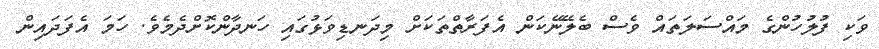
ވަކި ފުލުހުންގެ މައްސަލަތައް ވެސް ބެލޭނޭކަން އެފަރާތްތަކަށް މިދަނޑިވަޅުގައި ހަނދާންކޮށްދެމެވެ. ހަމަ އެފަދައިން